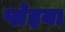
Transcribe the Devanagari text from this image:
प्लेइया